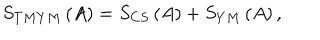
S _ { T M Y M } \left( A \right) = S _ { C S } \left( A \right) + S _ { Y M } \left( A \right) ,